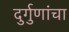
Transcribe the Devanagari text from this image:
दुर्गुणांचा